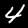
Digit: 4